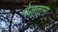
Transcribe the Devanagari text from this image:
पेलताना